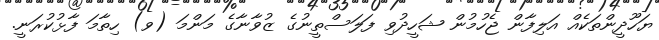
ޔަހޫދީންތަކެއް އަލިފާން ޖެހުމުން ޝަހީދުވި ފަލަސްތީނުގެ ޒުވާނާގެ މަންމަ (ވ) ހިތާމަ ފާޅުކުރަނީ.